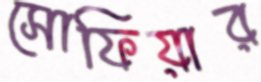
সোফিয়ার